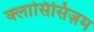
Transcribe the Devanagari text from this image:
क्लासिसिज़म